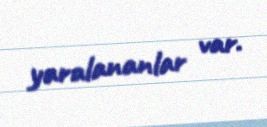
yaralananlar var.